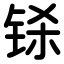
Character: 铩